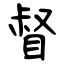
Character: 督